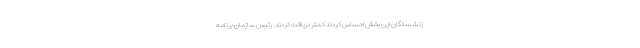
زنشستگان این بخش احساس کردند کمتر دریافت کردند. رئیس سازمان برنامه